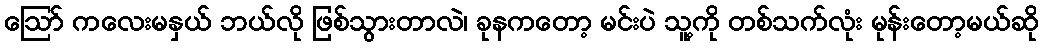
ဩော် ကလေးမနှယ် ဘယ်လို ဖြစ်သွားတာလဲ၊ ခုနကတော့ မင်းပဲ သူ့ကို တစ်သက်လုံး မုန်းတော့မယ်ဆို